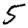
Digit: 5